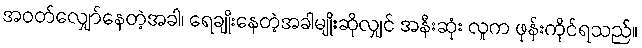
အဝတ်လျှော်နေတဲ့အခါ၊ ရေချိုးနေတဲ့အခါမျိုးဆိုလျှင် အနီးဆုံး လူက ဖုန်းကိုင်ရသည်။